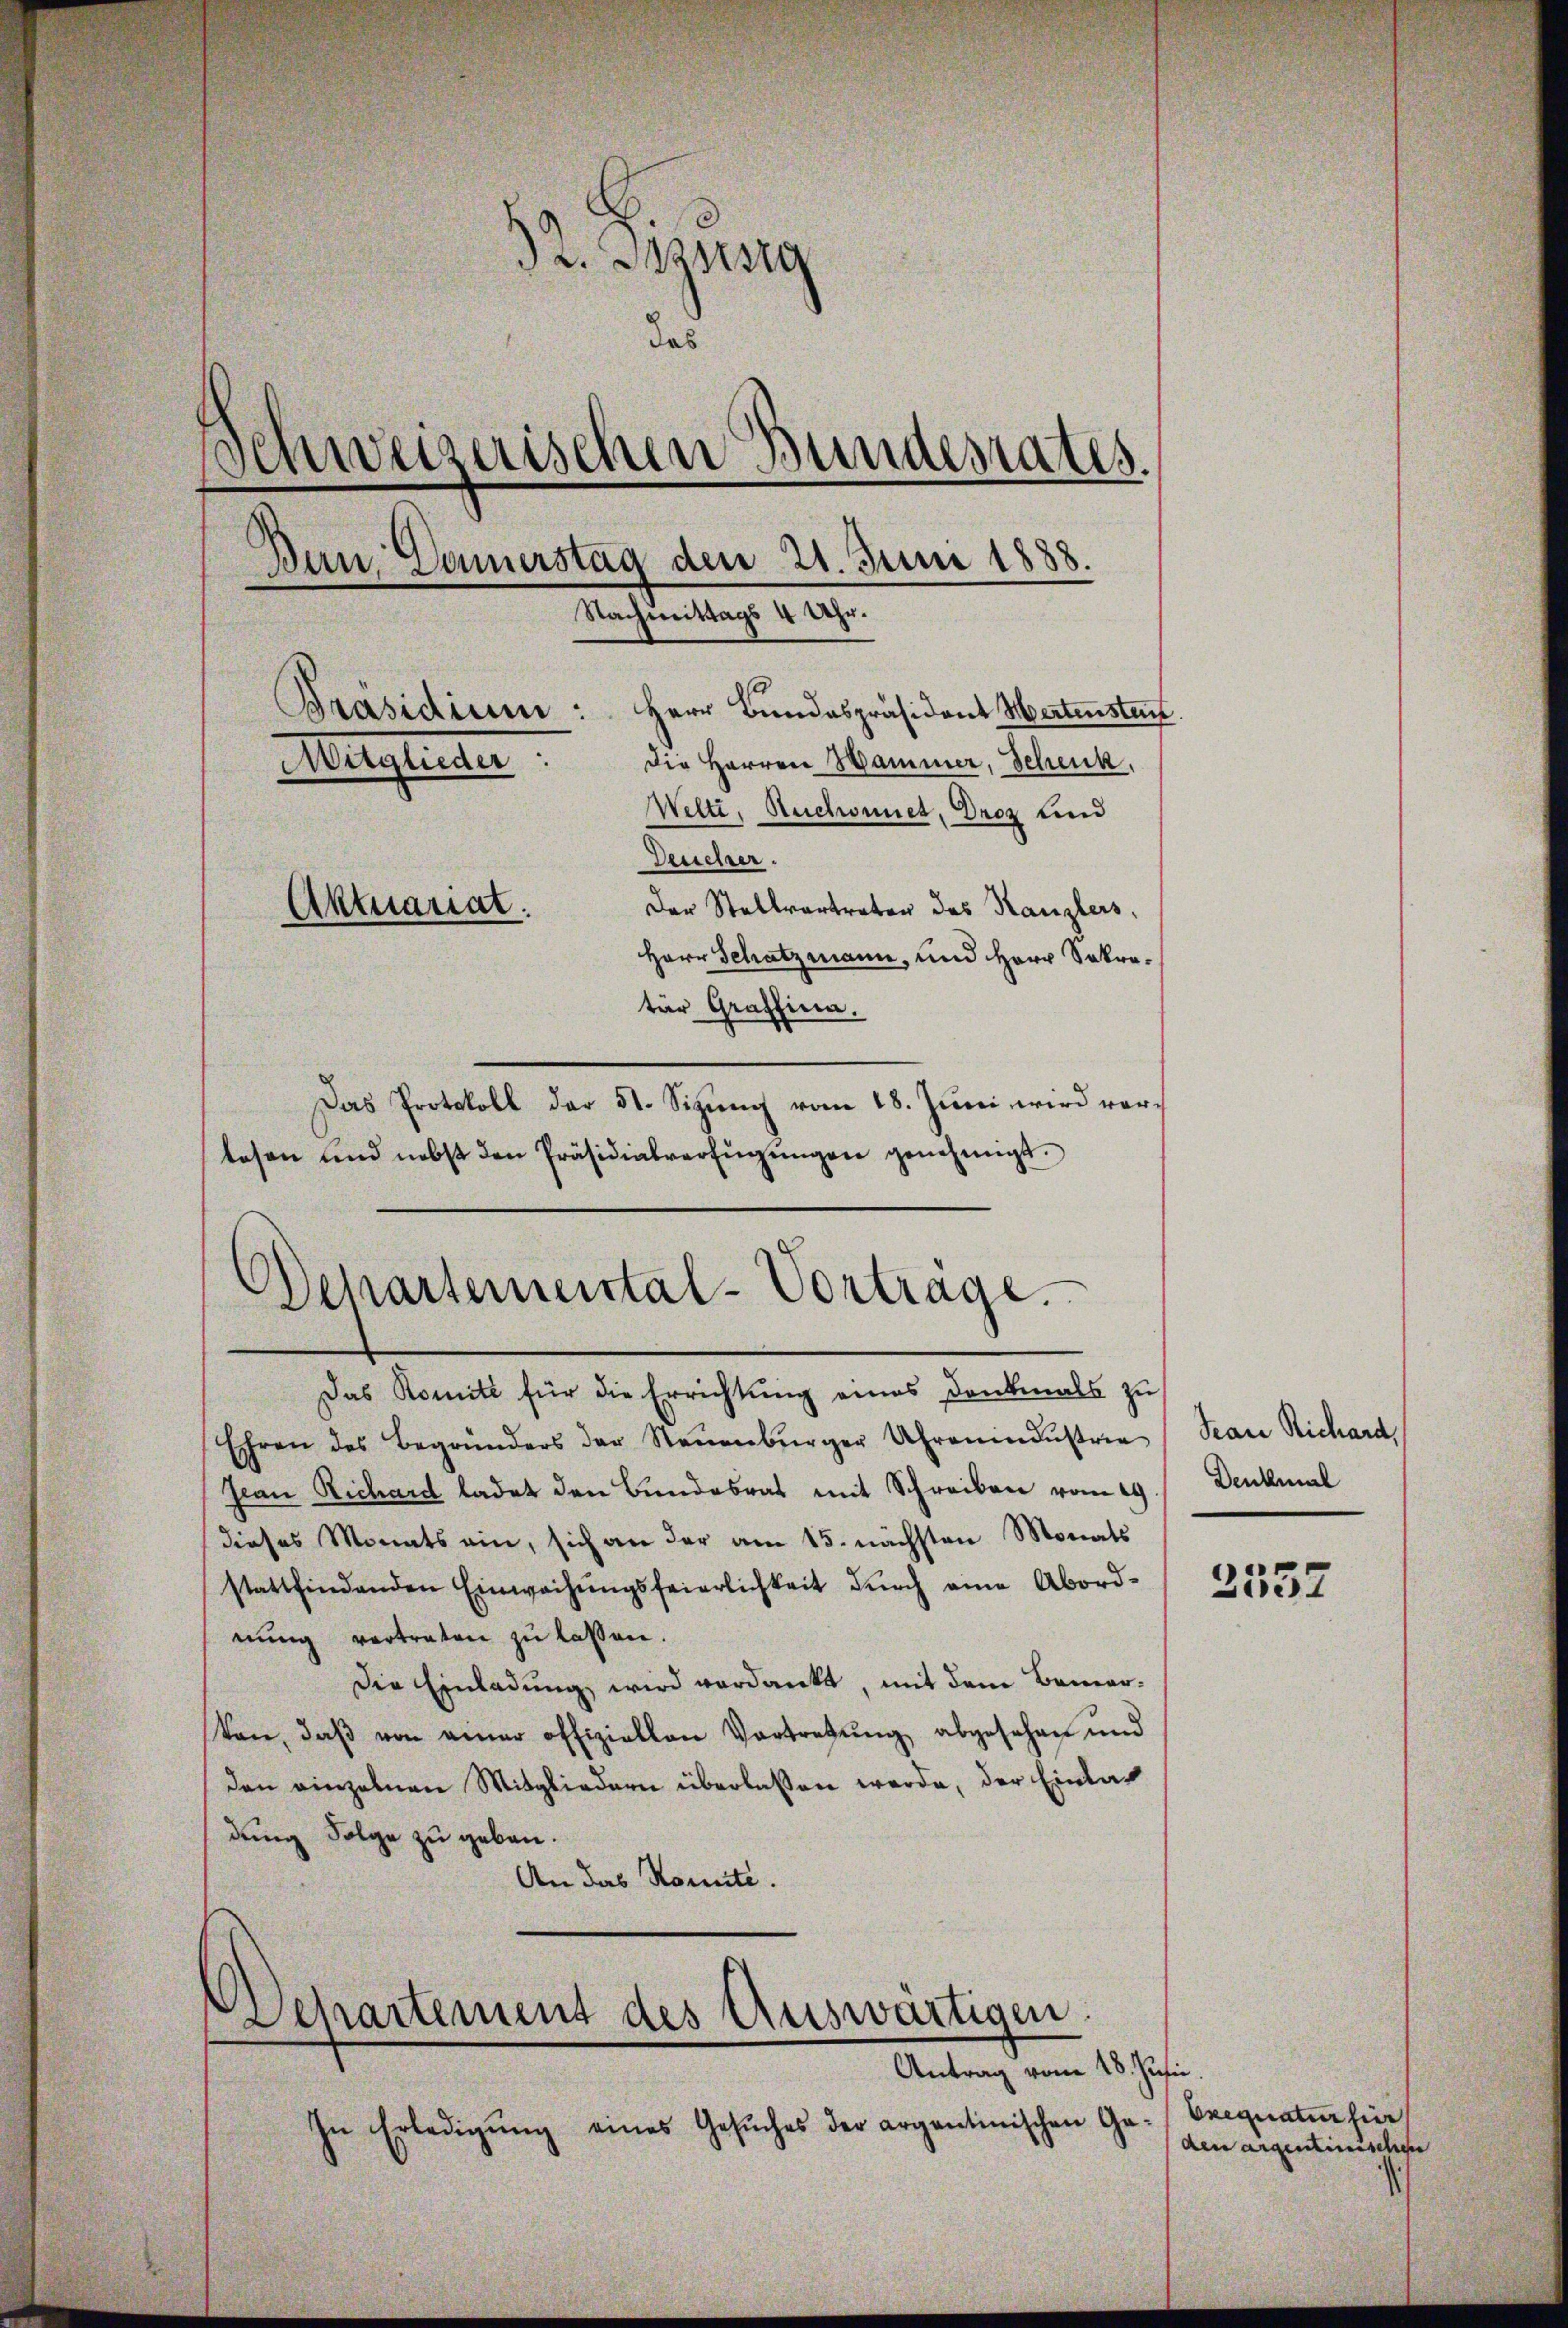
h
 v. Szung
das
d
inweizerischen Bundesrates.
d
Den Damerstag den 21. Juni 1888.
Nachmittags 4 Uhr.
Präsidium:
Herr Bundespräsident Wertensten
Die Herren Hammer, Schenk,
Maghinter
Welti, Ruchonnet, Droz und
Deuchzer.
Aktuariat.
Der Stellvertreten des Kanzlers,
Herr Schatzmann, und Herr Sekretür Graffina.

Das Protokoll der 51. Sizung vom 18. Juni wird vorlesen und nebst den Präsidialverfügŭngen genehmigt.
Das Komité für die Errichtung eines Denkmals zu
Ehren des Begründers der Steŭenbürger Uhreŭndŭstrie
Jean Richard ladet den Bundesrat mit Schreiben vom 19.
dieses Monats ein, sich an der am 15. nächsten Monats
stattfindenden Einwachŭngsfeierlichkeit dŭrch eine Abord-
nung vertraten zu lassen.
Die Einladung wird verdankt, mit dem Bemerten, daβ von einer offiziellen Vortretŭng abgesehen und
den einzelnen Mitgliedern überlassen werde, der Einlas
dung Folge zu geben.
An das Konnte.

Departemental-Vortrage.

Departement des Auswärtigen.
Antrag vom 18. Julii.

In Erledigŭng eines Gesŭches der argentinischen Ge-

Sean Richard,
Denkmal

2357

Exequatur hier
den argentinischen